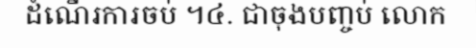
ដំណើរការចប់ ។៤. ជាចុងបញ្ចប់ លោក